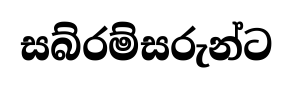
සබ්රම්සරුන්ට